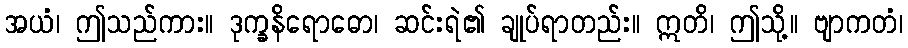
အယံ၊ ဤသည်ကား။ ဒုက္ခနိရောဓော၊ ဆင်းရဲ၏ ချုပ်ရာတည်း။ ဣတိ၊ ဤသို့။ ဗျာကတံ၊